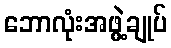
ဘောလုံးအဖွဲ့ချုပ်